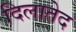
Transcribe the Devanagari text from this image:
दिलातेद